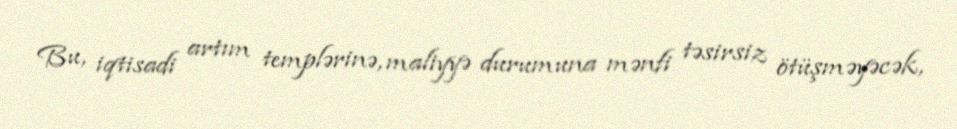
Bu, iqtisadi artım templərinə, maliyyə durumuna mənfi təsirsiz ötüşməyəcək,